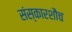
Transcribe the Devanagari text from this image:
संस्कारशौच